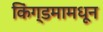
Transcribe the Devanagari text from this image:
किंग्डमामधून